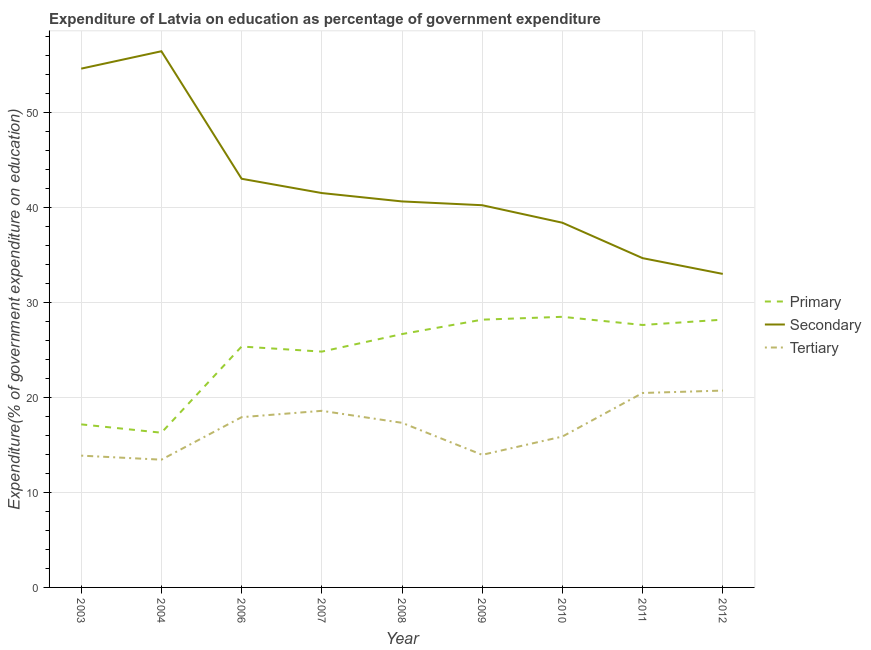
| Year | Primary | Secondary | Tertiary |
 | --- | --- | --- | --- |
 | 2003 | 17.2 | 54.6 | 13.9 |
 | 2004 | 16.3 | 56.4 | 13.4 |
 | 2006 | 25.4 | 43 | 17.9 |
 | 2007 | 24.8 | 41.5 | 18.6 |
 | 2008 | 26.7 | 40.6 | 17.3 |
 | 2009 | 28.2 | 40.2 | 14 |
 | 2010 | 28.5 | 38.4 | 15.9 |
 | 2011 | 27.6 | 34.7 | 20.5 |
 | 2012 | 28.2 | 33 | 20.7 |